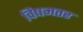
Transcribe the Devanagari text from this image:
विषमतर